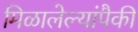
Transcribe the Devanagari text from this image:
मिळालेल्यांपैकी